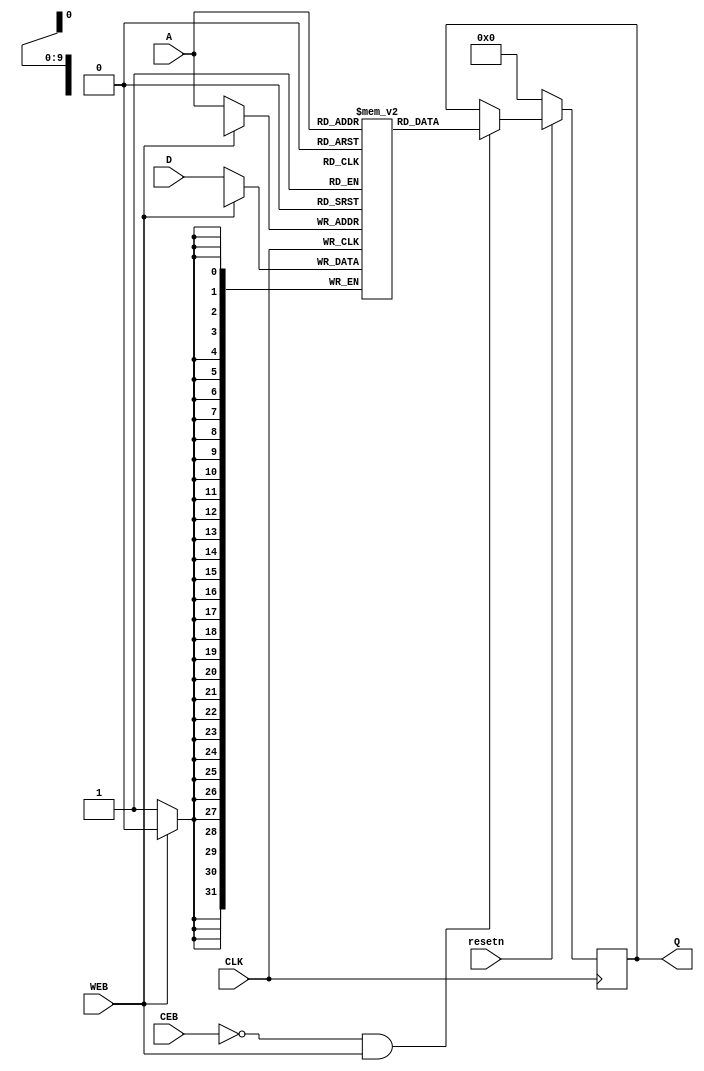
`ifndef __SRAM_32x816__
`define __SRAM_32x816__
module sram_1p_32x816 (
               CLK, CEB, WEB, A, D, Q , resetn    
                );
                               
input CLK, CEB, WEB, resetn;
input [9:0] A; // A for address 
input [31:0] D;  // D for data
output [31:0] Q; // Q for data output
//------------------------
reg [31:0] m_array[815:0]; // the memory is 816*32, each line in memory is 32 bits
reg [31:0] Q;
//-----------------------------

// write data
always @(posedge CLK) begin
    if(~WEB) 
        m_array[A] <= D;
end 

// read data
always @(posedge CLK) begin
    if(~resetn) begin
        Q <= 32'h0;    
    end
    else if(~CEB & WEB) begin
        Q <= m_array[A];
    end
end 

endmodule
`endif